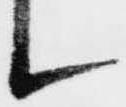
候